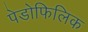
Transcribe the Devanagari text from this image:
पेडोफिलिक